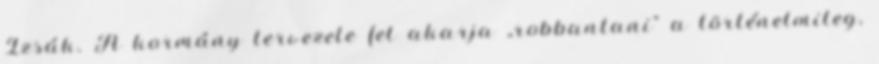
Izsák. A kormány tervezete fel akarja „robbantani” a történelmileg,